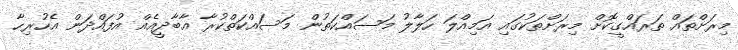
މިރަށްތައް ތަރައްގީކޮށް މިރަށްތަކުގައި އަމިއްލަ ހަލާލު މަސައްކަތުން މަސައްކަތްކުރާ އާބާދީއެއް އުފައްދަން އެހުރިހާ